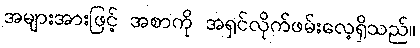
အများအားဖြင့် အစာကို အရှင်လိုက်ဖမ်းလေ့ရှိသည်။